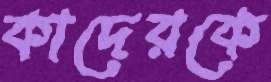
কাদেরকে